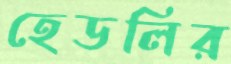
হেডলির